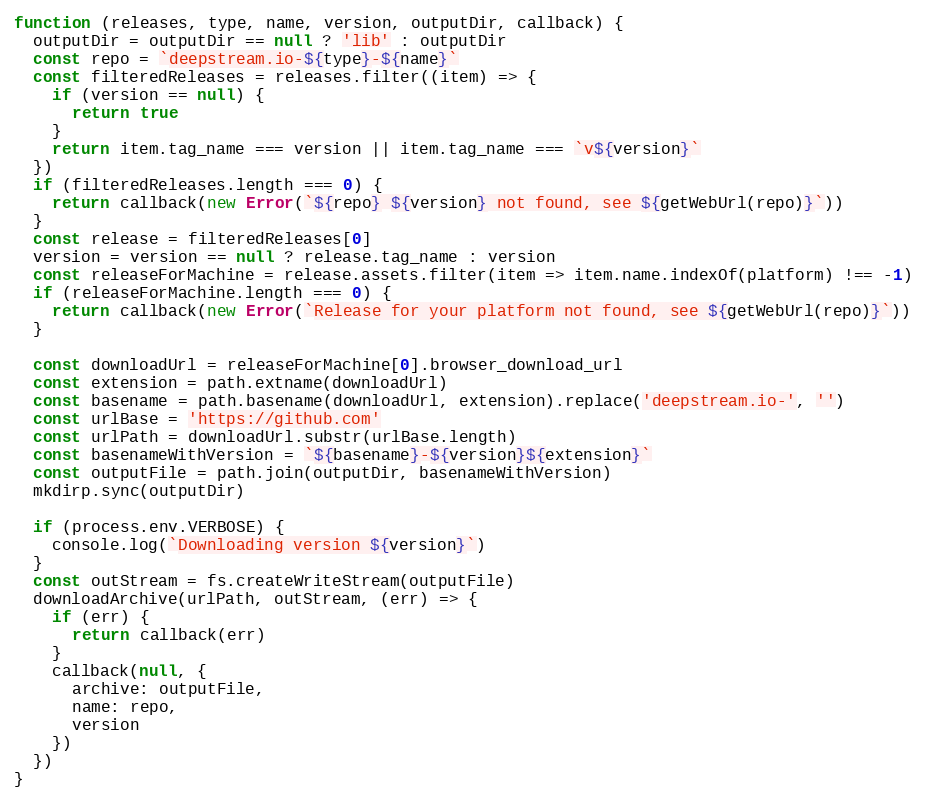
Language: JavaScript
function (releases, type, name, version, outputDir, callback) {
  outputDir = outputDir == null ? 'lib' : outputDir
  const repo = `deepstream.io-${type}-${name}`
  const filteredReleases = releases.filter((item) => {
    if (version == null) {
      return true
    }
    return item.tag_name === version || item.tag_name === `v${version}`
  })
  if (filteredReleases.length === 0) {
    return callback(new Error(`${repo} ${version} not found, see ${getWebUrl(repo)}`))
  }
  const release = filteredReleases[0]
  version = version == null ? release.tag_name : version
  const releaseForMachine = release.assets.filter(item => item.name.indexOf(platform) !== -1)
  if (releaseForMachine.length === 0) {
    return callback(new Error(`Release for your platform not found, see ${getWebUrl(repo)}`))
  }

  const downloadUrl = releaseForMachine[0].browser_download_url
  const extension = path.extname(downloadUrl)
  const basename = path.basename(downloadUrl, extension).replace('deepstream.io-', '')
  const urlBase = 'https://github.com'
  const urlPath = downloadUrl.substr(urlBase.length)
  const basenameWithVersion = `${basename}-${version}${extension}`
  const outputFile = path.join(outputDir, basenameWithVersion)
  mkdirp.sync(outputDir)

  if (process.env.VERBOSE) {
    console.log(`Downloading version ${version}`)
  }
  const outStream = fs.createWriteStream(outputFile)
  downloadArchive(urlPath, outStream, (err) => {
    if (err) {
      return callback(err)
    }
    callback(null, {
      archive: outputFile,
      name: repo,
      version
    })
  })
}